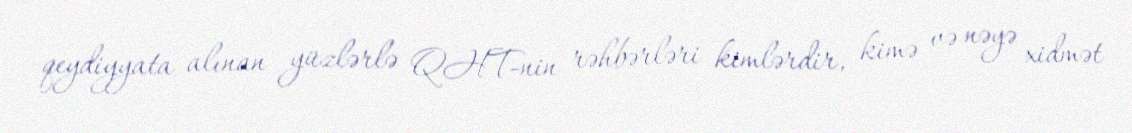
qeydiyyata alınan yüzlərlə QHT-nin rəhbərləri kimlərdir, kimə və nəyə xidmət